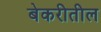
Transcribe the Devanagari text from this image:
बेकरीतील